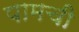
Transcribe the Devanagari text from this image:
पामची